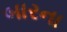
બારના